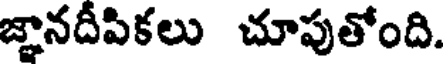
జ్ఞానదీపికలు చూపుతోంది.